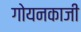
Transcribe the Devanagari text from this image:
गोयनकाजी